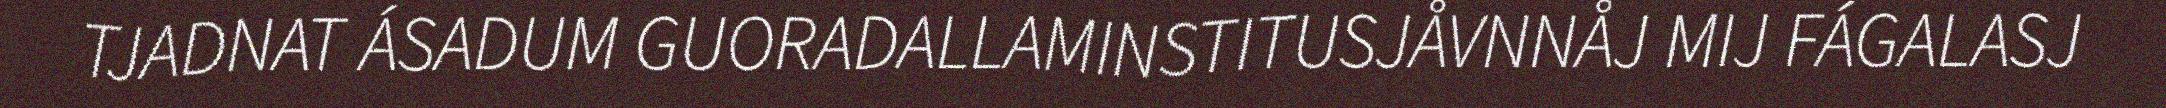
TJADNAT ÁSADUM GUORADALLAMINSTITUSJÅVNNÅJ MIJ FÁGALASJ